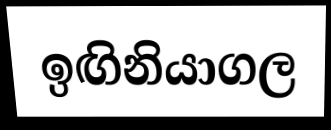
ඉඟිනියාගල